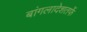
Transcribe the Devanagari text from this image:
बांगलादेशतर्फे